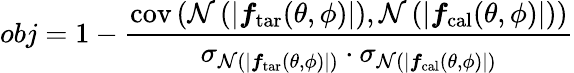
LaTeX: obj=1-\frac{\mathrm{cov}\left(\mathcal{N}\left(|\boldsymbol{f}_{\mathrm{tar}}(\theta,\phi)|\right),\mathcal{N}\left(|\boldsymbol{f}_{\mathrm{cal}}(\theta,\phi)|\right)\right)}{\sigma_{\mathcal{N}\left(|\boldsymbol{f}_{\mathrm{tar}}(\theta,\phi)|\right)}\cdot\sigma_{\mathcal{N}\left(|\boldsymbol{f}_{\mathrm{cal}}(\theta,\phi)|\right)}}